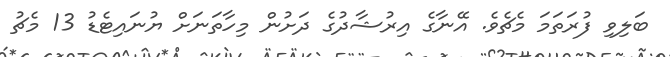
ބަލިވި ފުރަތަމަ މެޗެވެ. އޭނާގެ އިރުޝާދުގެ ދަށުން މިހާތަނަށް ޔުނައިޓެޑު 13 މެޗު